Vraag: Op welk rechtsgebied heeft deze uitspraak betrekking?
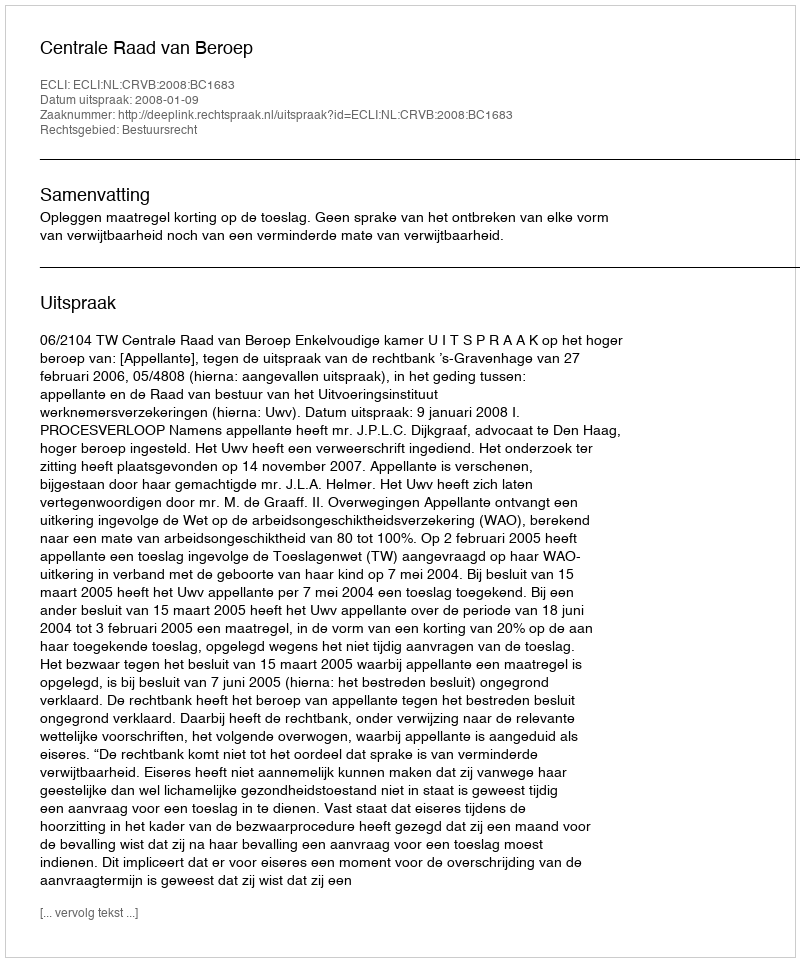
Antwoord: Bestuursrecht